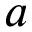
a